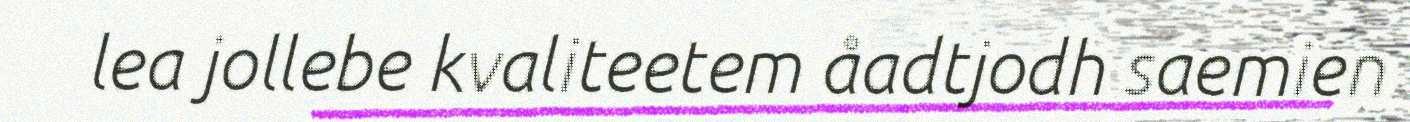
lea jollebe kvaliteetem åadtjodh saemien